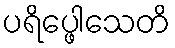
ပရိပ္ဖေါသေတိ